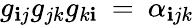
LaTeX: g_{\mathbf{i}j}g_{jk}g_{k\mathbf{i}}\: =\: \alpha_{\mathbf{i}jk}